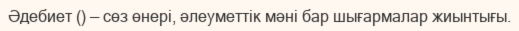
Әдебиет () — сөз өнері, әлеуметтік мәні бар шығармалар жиынтығы.